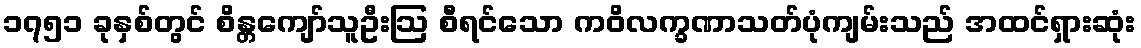
၁၇၅၁ ခုနှစ်တွင် စိန္တကျော်သူဦးဩ စီရင်သော ကဝိလက္ခဏာသတ်ပုံကျမ်းသည် အထင်ရှားဆုံး